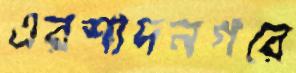
এরশাদনগরে